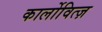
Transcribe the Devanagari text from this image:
कार्लोवित्ज़